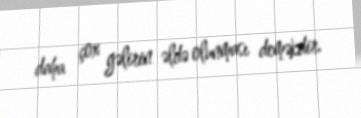
daha çox gəlirin əldə olunması deməkdir.